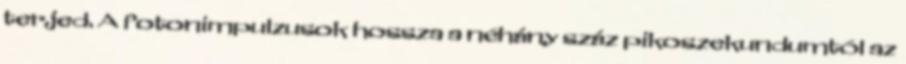
terjed. A fotonimpulzusok hossza a néhány száz pikoszekundumtól az